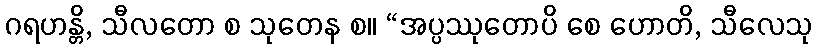
ဂရဟန္တိ, သီလတော စ သုတေန စ။ “အပ္ပဿုတောပိ စေ ဟောတိ, သီလေသု